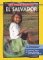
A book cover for On Your Own in El Salvador; Jeff Brauer; Travel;